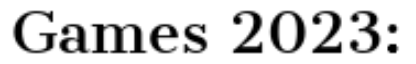
Games 2023: